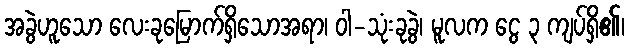
အခွဲဟူသော လေးခုမြောက်ရှိသောအရာ၊ ဝါ-သုံးခုခွဲ၊ မူလက ငွေ ၃ ကျပ်ရှိ၏၊